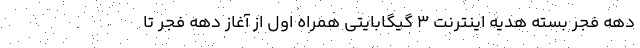
دهه فجر بسته هدیه اینترنت ٣ گیگابایتی همراه اول از آغاز دهه فجر تا